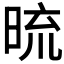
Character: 𭦓